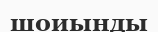
шоиынды